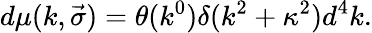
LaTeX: d\mu(k,\vec{\sigma})=\theta(k^{0})\delta(k^{2}+\kappa^{2})d^{4}k.